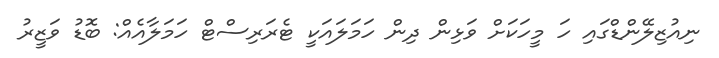
ނިއުޒިލޭންޑްގައި ހަ މީހަކަށް ވަޅިން ދިން ހަމަލައަކީ ޓެރަރިސްޓް ހަމަލާއެއް: ބޮޑު ވަޒީރު